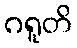
ဂရူတိ